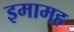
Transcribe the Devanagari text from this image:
इमामह